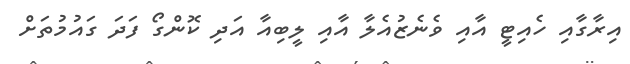
އިރާގާއި ހެއިޓީ އާއި ވެނެޒުއެލާ އާއި ލީބިއާ އަދި ކޮންގޯ ފަދަ ގައުމުތަށް